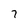
Character: 7